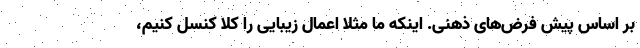
بر اساس پیش فرض‌های ذهنی. اینکه ما مثلا اعمال زیبایی را کلا کنسل کنیم،